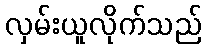
လှမ်းယူလိုက်သည်